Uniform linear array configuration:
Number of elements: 12
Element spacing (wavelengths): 0.5
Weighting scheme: binomial
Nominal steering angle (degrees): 45
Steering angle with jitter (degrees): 45.53
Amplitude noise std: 0.05
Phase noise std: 0.05

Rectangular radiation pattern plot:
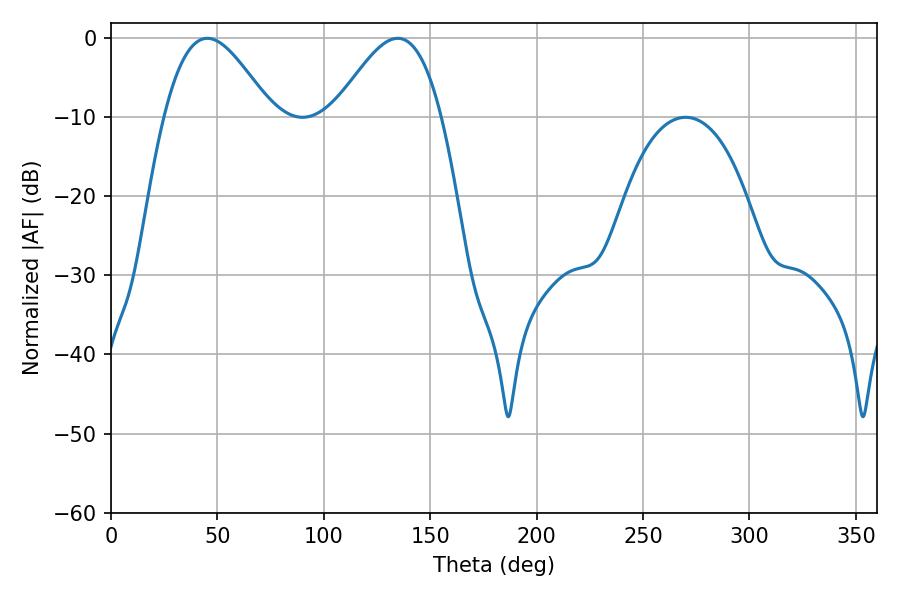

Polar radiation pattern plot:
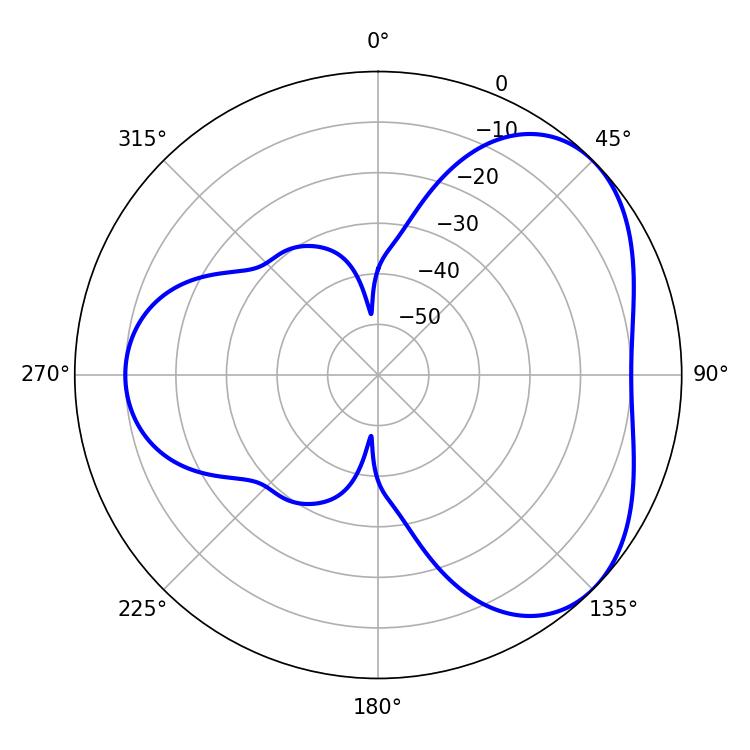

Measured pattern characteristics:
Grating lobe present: FALSE
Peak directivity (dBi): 4.337
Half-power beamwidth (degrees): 27
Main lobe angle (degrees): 45.18